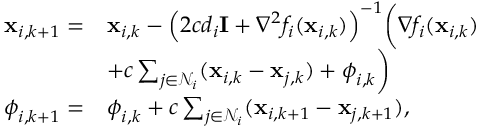
\begin{array} { r l } { \mathbf { x } _ { i , k + 1 } = } & { \mathbf { x } _ { i , k } - \Big ( 2 c d _ { i } \mathbf { I } + \nabla ^ { 2 } f _ { i } ( \mathbf { x } _ { i , k } ) \Big ) ^ { - 1 } \bigg ( \nabla f _ { i } ( \mathbf { x } _ { i , k } ) } \\ & { + c \sum _ { j \in \mathcal { N } _ { i } } ( \mathbf { x } _ { i , k } - \mathbf { x } _ { j , k } ) + \boldsymbol { \phi } _ { i , k } \bigg ) } \\ { \boldsymbol { \phi } _ { i , k + 1 } = } & { \boldsymbol { \phi } _ { i , k } + c \sum _ { j \in \mathcal { N } _ { i } } ( \mathbf { x } _ { i , k + 1 } - \mathbf { x } _ { j , k + 1 } ) , } \end{array}